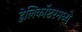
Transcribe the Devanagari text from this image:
हेलिकॉप्टरमध्ये